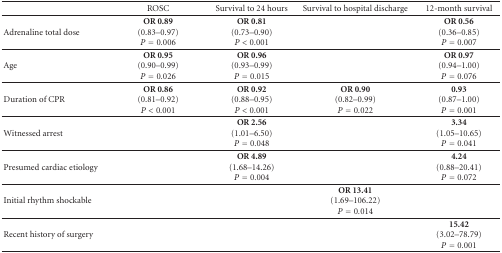
<table><thead><tr><td></td><td><b>ROSC</b></td><td><b>Survival to 24 hours</b></td><td><b>Survival to hospital discharge</b></td><td><b>12-month survival</b></td></tr></thead><tbody><tr><td>Adrenaline total dose</td><td><b>OR 0.89</b>(0.83–0.97)<i>P</i> = 0.006</td><td><b>OR 0.81</b>(0.73–0.90) <i>P</i> &lt; 0.001</td><td></td><td><b>OR 0.56</b>(0.36–0.85) <i>P</i> = 0.007</td></tr><tr><td>Age</td><td><b>OR 0.95</b>(0.90–0.99) <i>P</i> = 0.026</td><td><b>OR 0.96</b>(0.93–0.99) <i>P</i> = 0.015</td><td></td><td><b>OR 0.97</b>(0.94–1.00) <i>P</i> = 0.076</td></tr><tr><td>Duration of CPR</td><td><b>OR 0.86</b>(0.81–0.92) <i>P</i> &lt; 0.001</td><td><b>OR 0.92</b>(0.88–0.95) <i>P</i> &lt; 0.001</td><td><b>OR 0.90</b>(0.82–0.99) <i>P</i> = 0.022</td><td><b>0.93</b>(0.87–1.00) <i>P</i> = 0.001</td></tr><tr><td>Witnessed arrest</td><td></td><td><b>OR 2.56</b>(1.01–6.50) <i>P</i> = 0.048</td><td></td><td><b>3.34</b>(1.05–10.65) <i>P</i> = 0.041</td></tr><tr><td>Presumed cardiac etiology</td><td></td><td><b>OR 4.89</b>(1.68–14.26) <i>P</i> = 0.004</td><td></td><td><b>4.24</b>(0.88–20.41) <i>P</i> = 0.072</td></tr><tr><td>Initial rhythm shockable</td><td></td><td></td><td><b>OR 13.41</b>(1.69–106.22) <i>P</i> = 0.014</td><td></td></tr><tr><td>Recent history of surgery</td><td></td><td></td><td></td><td><b>15.42</b>(3.02–78.79) <i>P</i> = 0.001</td></tr></tbody></table>